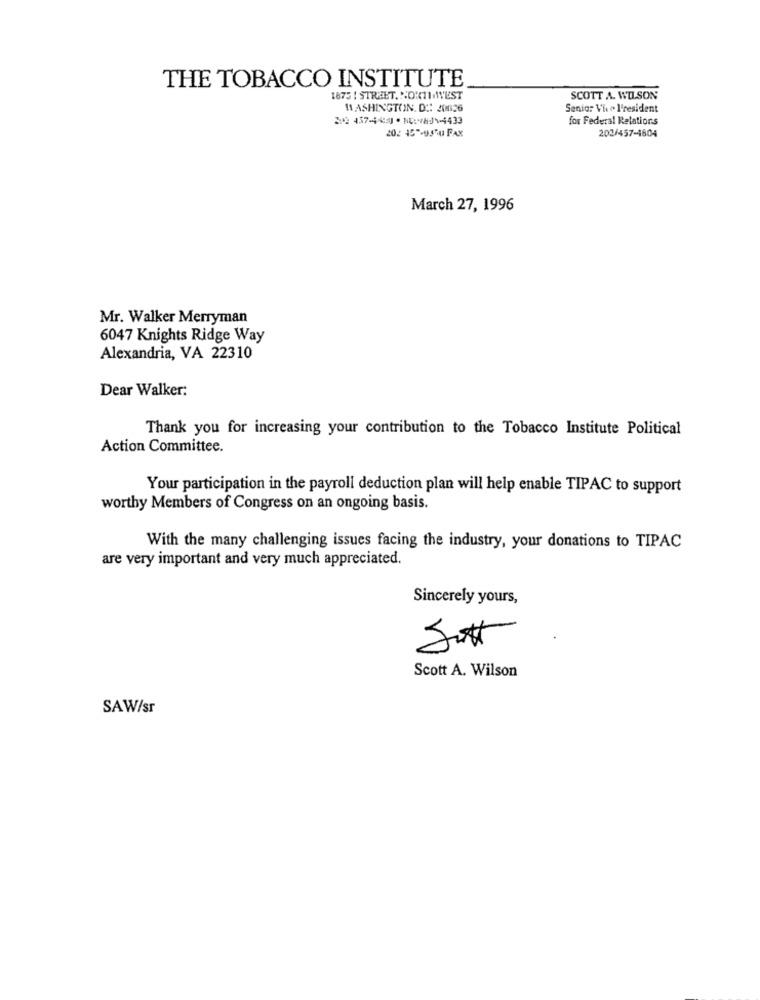
THE TOBACCO INSTITUTE
1875 ! STREET. NOW11 WEST
SCOTT A. WILSON
WASHINGTON, DC: 20126
Senior Vi . l'resident
2 437-44 .NMJ44433
for Federal Relations
202 457-9574 FAX
202/457-44604
March 27, 1996
Mr. Walker Merryman
6047 Knights Ridge Way
Alexandria, VA 22310
Dear Walker:
Thank you for increasing your contribution to the Tobacco Institute Political
Action Committee.
Your participation in the payroll deduction plan will help enable TIPAC to support
worthy Members of Congress on an ongoing basis.
With the many challenging issues facing the industry, your donations to TIPAC
are very important and very much appreciated.
Sincerely yours,
Jutt.
Scott A. Wilson
SAW/sr